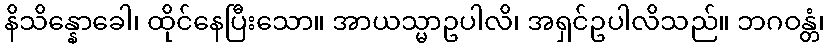
နိသိန္နောခေါ၊ ထိုင်နေပြီးသော။ အာယသ္မာဥပါလိ၊ အရှင်ဥပါလိသည်။ ဘဂဝန္တံ၊